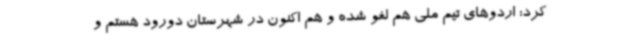
کرد: اردوهای تیم ملی هم لغو شده و هم اکنون در شهرستان دورود هستم و